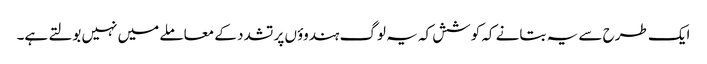
ایک طرح سے یہ بتانے کہ کوشش کہ یہ لوگ ہندوؤں پر تشدد کے معاملے میں نہیں بولتے ہے۔